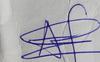
Signature authenticity: genuine